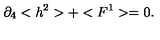
\partial _ { 4 } < h ^ { 2 } > + < F ^ { 1 } > = 0 .